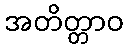
အတိတ္တာဝ